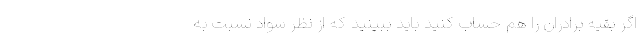
اگر بقیه برادران را هم حساب کنید باید ببینید که از نظر سواد نسبت به